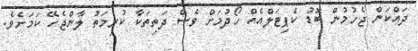
ދައްކަން ޖެހުމުން ބޮޑު ކެޕިޓަލްއެއް ހޯދުމަށް ވެސް ދަތިތަކާ ކުރިމަތު ލާންޖެހޭ ކަމަށެވެ.